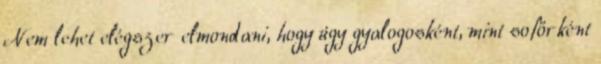
Nem lehet elégszer elmondani, hogy úgy gyalogosként, mint sofőrként